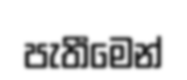
පැතීමෙන්